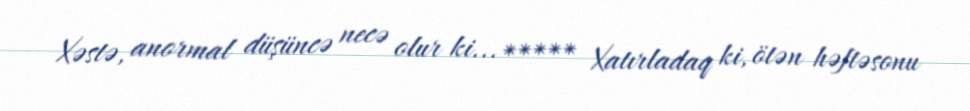
Xəstə, anormal düşüncə necə olur ki... ***** Xatırladaq ki, ötən həftəsonu